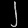
Digit: ၂